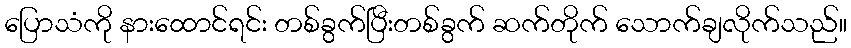
ပြောသံကို နားထောင်ရင်း တစ်ခွက်ပြီးတစ်ခွက် ဆက်တိုက် သောက်ချလိုက်သည်။